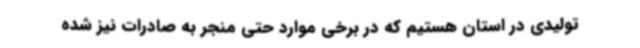
تولیدی در استان هستیم که در برخی موارد حتی منجر به صادرات نیز شده